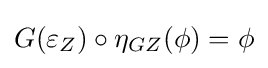
G(\varepsilon _{Z})\circ \eta _{GZ}(\phi )=\phi